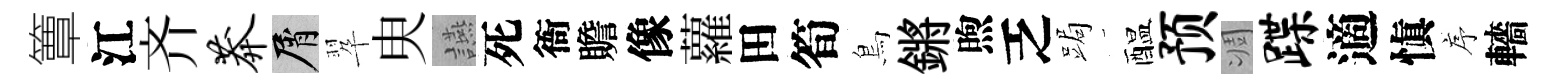
簟江齐莽屑翆㬰讌死衙贍像蘿田筍鳥鏘煦乏跼醖预凋蹀適愼序轖